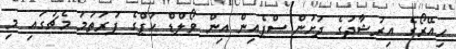
ހިއޭރޯގެ އިރުޝާދުގެ ދަށުން ސްޕެއިން އިން ވޯލްޑް ކަޕްގެ ފުރަތަމަ މެޗުގައި މި